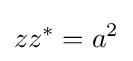
zz^{*}=a^{2}